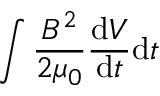
\int \frac { B ^ { 2 } } { 2 \mu _ { 0 } } \frac { \mathrm { d } V } { \mathrm { d } t } \mathrm { d } t